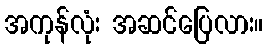
အကုန်လုံး အဆင်ပြေလား။